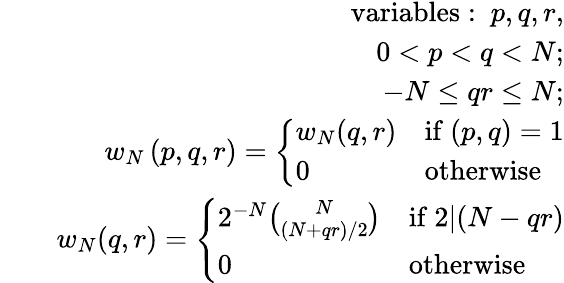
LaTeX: \begin{array}{rlr}&{}&{\mathrm{variables:~}p,q,r,}\\ &{}&{0<p<q<N;}\\ &{}&{-N\le qr\le N;}\\ &{}&{w_{N}\left(p,q,r\right)=\left\{ \begin{array}{ll}{w_{N}(q,r)}&{\mathrm{if~}(p,q)=1}\\ {0}&{\mathrm{otherwise}}\end{array}\right.}\\ &{}&{w_{N}(q,r)=\left\{ \begin{array}{ll}{2^{-N}\binom{N}{(N+qr)/2}}&{\mathrm{if~}2|(N-qr)}\\ {0}&{\mathrm{otherwise}}\end{array}\right.}\end{array}